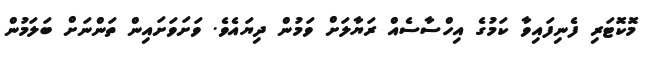
މޮކޮޓަރި ފެނިފައިވާ ކަމުގެ އިހްސާސެއް ރަޔާލަށް ވަމުން ދިޔައެވެ. ވަށަވަށައިން ތަންނަށް ބަލަމުން